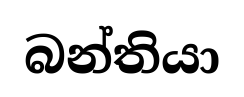
බන්තියා